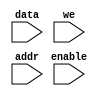
/********************************************************************************************

Webpage: https://github.com/vigneshi5617

Filename:	ram.v   

Description:	Asynchronous Single port Random access memory (16x8)

Date:		01/16/2022

Author:		Vignesh Anand

Email:		vigneshi5617@gmail.com		 

Version:	1.0

*********************************************************************************************/


  module ram (data,
              we,
              enable,
              addr);

  input we,
        enable;

  input [3:0] addr;

  input [7:0] data;


//Step 1 : Declare a 8 bit wide memory having 16 Locations

  reg [7:0] mem [15:0];  //Array which is 8 bits wide and 16 bits in depth
//Step 2 : Understand the logic for Writing data into a memory location
    always@(data,we,enable,addr)
      if (we && !enable)
	 mem[addr]=data;

//Step 3: Understand the logic for reading the data from memory location
  assign data = (enable && !we) ? mem[addr] : 8'hzz;

endmodule